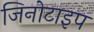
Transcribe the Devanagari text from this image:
जिनोटाइप